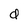
Character: d